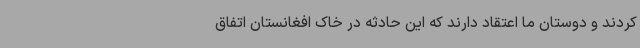
کردند و دوستان ما اعتقاد دارند که این حادثه در خاک افغانستان اتفاق